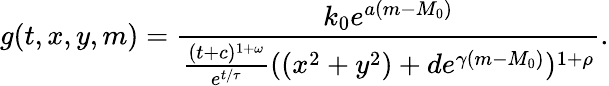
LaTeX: g(t,x,y,m)=\frac{k_{0}e^{a(m-M_{0})}}{\frac{(t+c)^{1+\omega}}{e^{t/\tau}}((x^{2}+y^{2})+de^{\gamma(m-M_{0})})^{1+\rho}}.